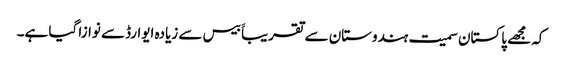
کہ مجھے پاکستان سمیت ہندوستان سے تقریباََ بیس سے زیادہ ایوارڈسے نوازا گیا ہے۔